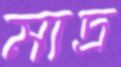
মাদ্র